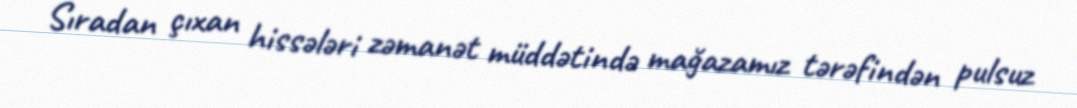
Sıradan çıxan hissələri zəmanət müddətində mağazamız tərəfindən pulsuz